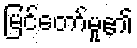
မြင်တော်မူ၏